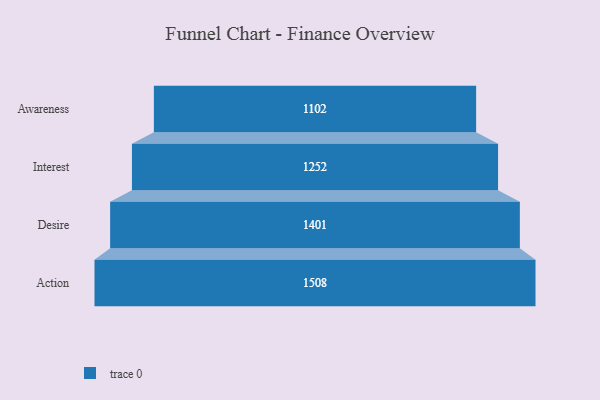
{"axis": {"x": "Stage", "y": "Value"}, "legend": [""], "data": [{"x": "Awareness", "y": 1102.0, "type": ""}, {"x": "Interest", "y": 1252.0, "type": ""}, {"x": "Desire", "y": 1401.0, "type": ""}, {"x": "Action", "y": 1508.0, "type": ""}]}